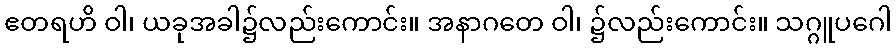
ဧတရဟိ ဝါ၊ ယခုအခါ၌လည်းကောင်း။ အနာဂတေ ဝါ၊ ၌လည်းကောင်း။ သဂ္ဂူပဂေါ